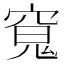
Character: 𭔊